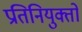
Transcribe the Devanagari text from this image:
प्रतिनियुक्तों